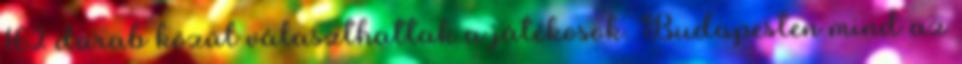
162 darab közül választhattak a játékosok. Budapesten mind az